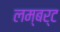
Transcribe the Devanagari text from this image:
लम्बर्ट